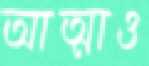
আত্মাও